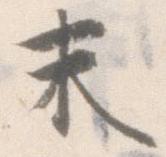
末